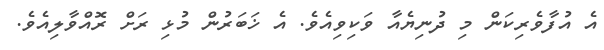
އެ އުފާވެރިކަން މި ދުނިޔެއާ ވަކިވިއެވެ. އެ ޚަބަރުން މުޅި ރަށް ރޮއްވާލިއެވެ.